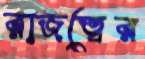
রাজত্বের